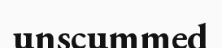
unscummed